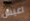
اعيش